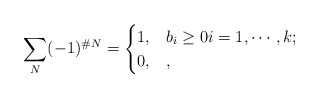
\begin{align*}\sum_N(-1)^{\# N}=\begin{cases}1, & b_i\geq 0 i = 1,\cdots, k;\\0, & ,\end{cases}\end{align*}